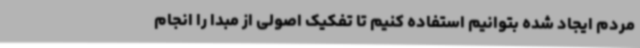
مردم ایجاد شده بتوانیم استفاده کنیم تا تفکیک اصولی از مبدا را انجام